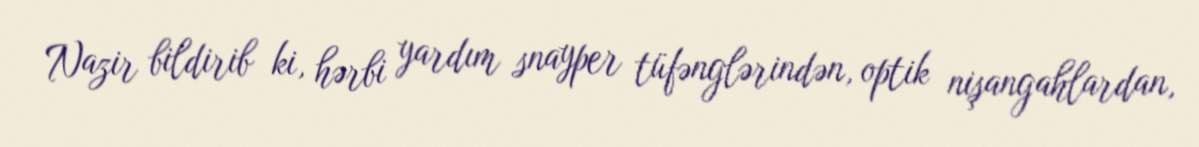
Nazir bildirib ki, hərbi yardım snayper tüfənglərindən, optik nişangahlardan,